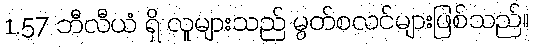
1.57 ဘီလီယံ ရှိ လူများသည် မွတ်စလင်များဖြစ်သည်။